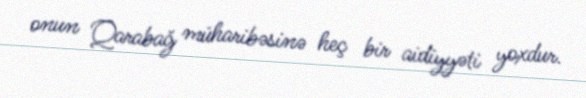
onun Qarabağ müharibəsinə heç bir aidiyyəti yoxdur.